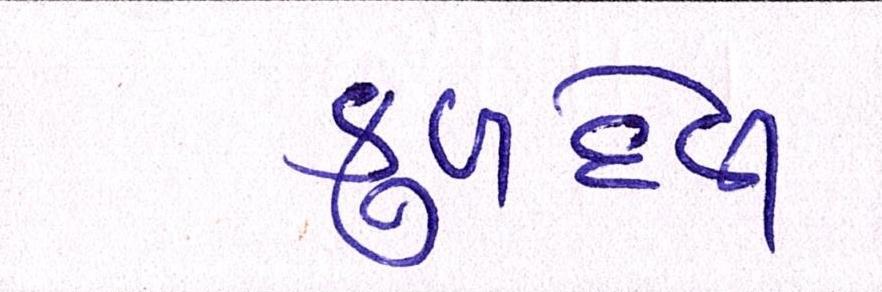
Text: કુળદેવી